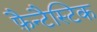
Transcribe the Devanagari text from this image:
फ़ैन्टैस्टिक